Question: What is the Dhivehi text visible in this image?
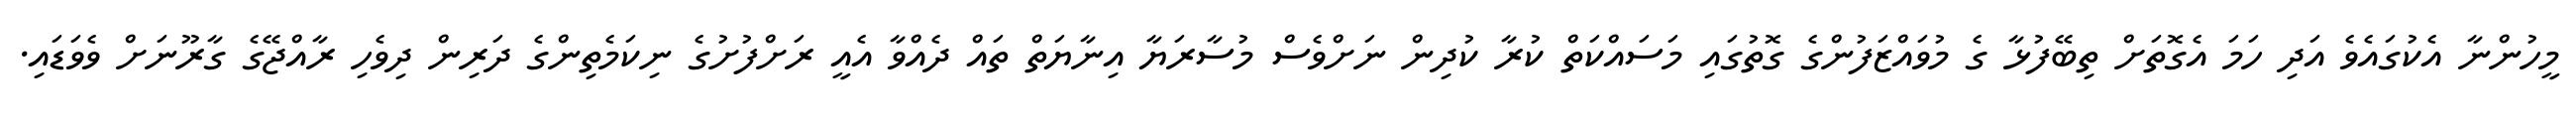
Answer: މީހުންނާ އެކުގައެވެ އަދި ހަމަ އެގޮތަށް ތިބޭފުޅާ ގެ މުވައްޒަފުންގެ ގޮތުގައި މަސައްކަތް ކުރާ ކުދިން ނަށްވެސް މުސާރަޔާ އިނާޔަތް ތައް ދެއްވާ އެއީ ރަށްފުށުގެ ނިކަމެތިންގެ ދަރިން ދިވެހި ރާއްޖޭގެ ގާރޫނަށް ވެވަޑައި.